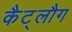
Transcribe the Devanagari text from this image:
कैट्लौग